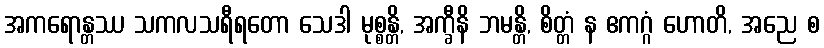
အကရောန္တဿ သကလသရီရတော သေဒါ မုစ္စန္တိ, အက္ခီနိ ဘမန္တိ, စိတ္တံ န ဧကဂ္ဂံ ဟောတိ, အညေ စ